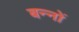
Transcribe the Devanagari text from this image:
बन्नों